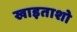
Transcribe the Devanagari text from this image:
खाइताशो